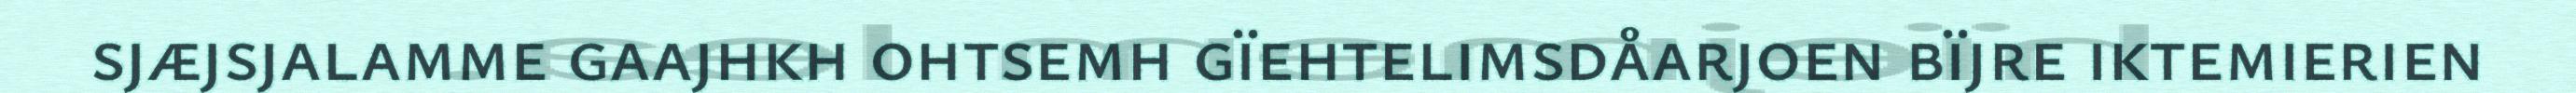
sjæjsjalamme gaajhkh ohtsemh gïehtelimsdåarjoen bïjre iktemierien